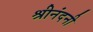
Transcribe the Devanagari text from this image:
श्रीनंदनी